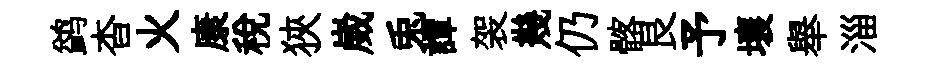
鹢杳火康税狹崴兎譚袈幾仍髂艮予壤舉淄